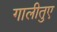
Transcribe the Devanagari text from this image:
गालीतुए